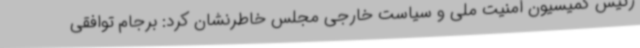
رئیس کمیسیون امنیت ملی و سیاست خارجی مجلس خاطرنشان کرد: برجام توافقی